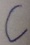
Text: C